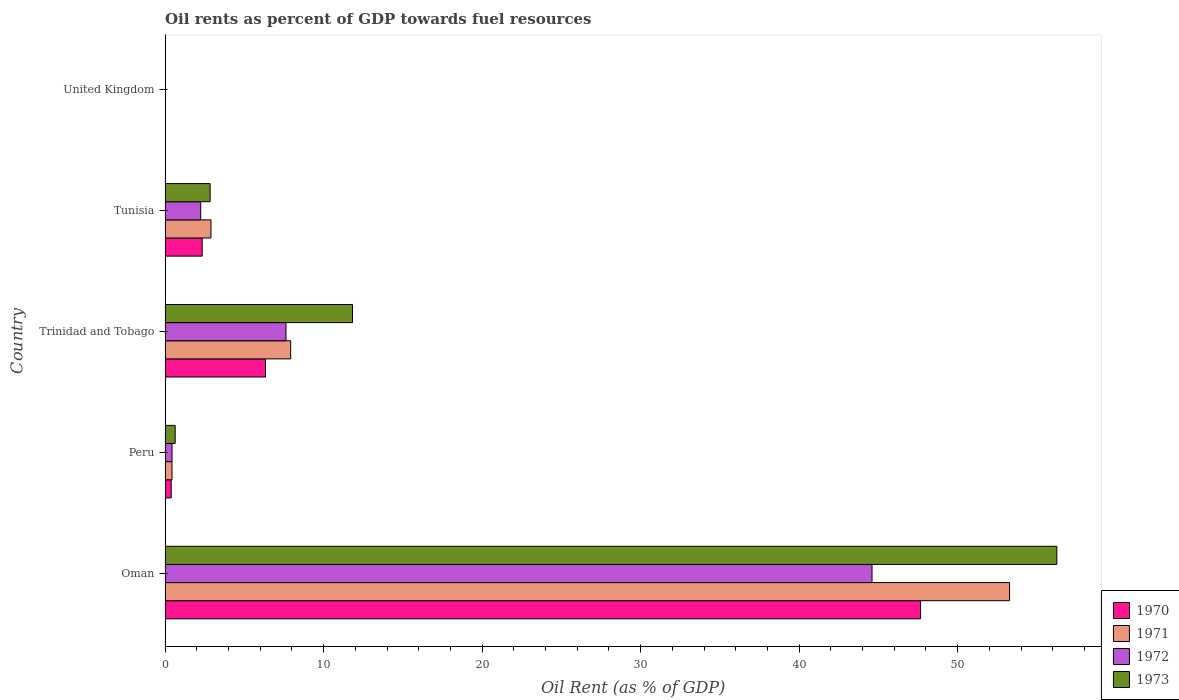
| Country | 1970 | 1971 | 1972 | 1973 |
 | --- | --- | --- | --- | --- |
 | Oman | 47.7 | 53.3 | 44.6 | 56.3 |
 | Peru | 0.385 | 0.437 | 0.439 | 0.636 |
 | Trinidad and Tobago | 6.33 | 7.92 | 7.63 | 11.8 |
 | Tunisia | 2.34 | 2.89 | 2.25 | 2.84 |
 | United Kingdom | 0.000886 | 0.000708 | 0.00129 | 0.00224 |